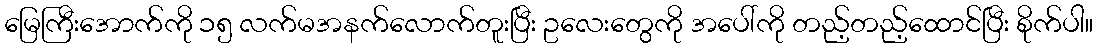
မြေကြီးအောက်ကို ၁၅ လက်မအနက်လောက်တူးပြီး ဥလေးတွေကို အပေါ်ကို တည့်တည့်ထောင်ပြီး စိုက်ပါ။